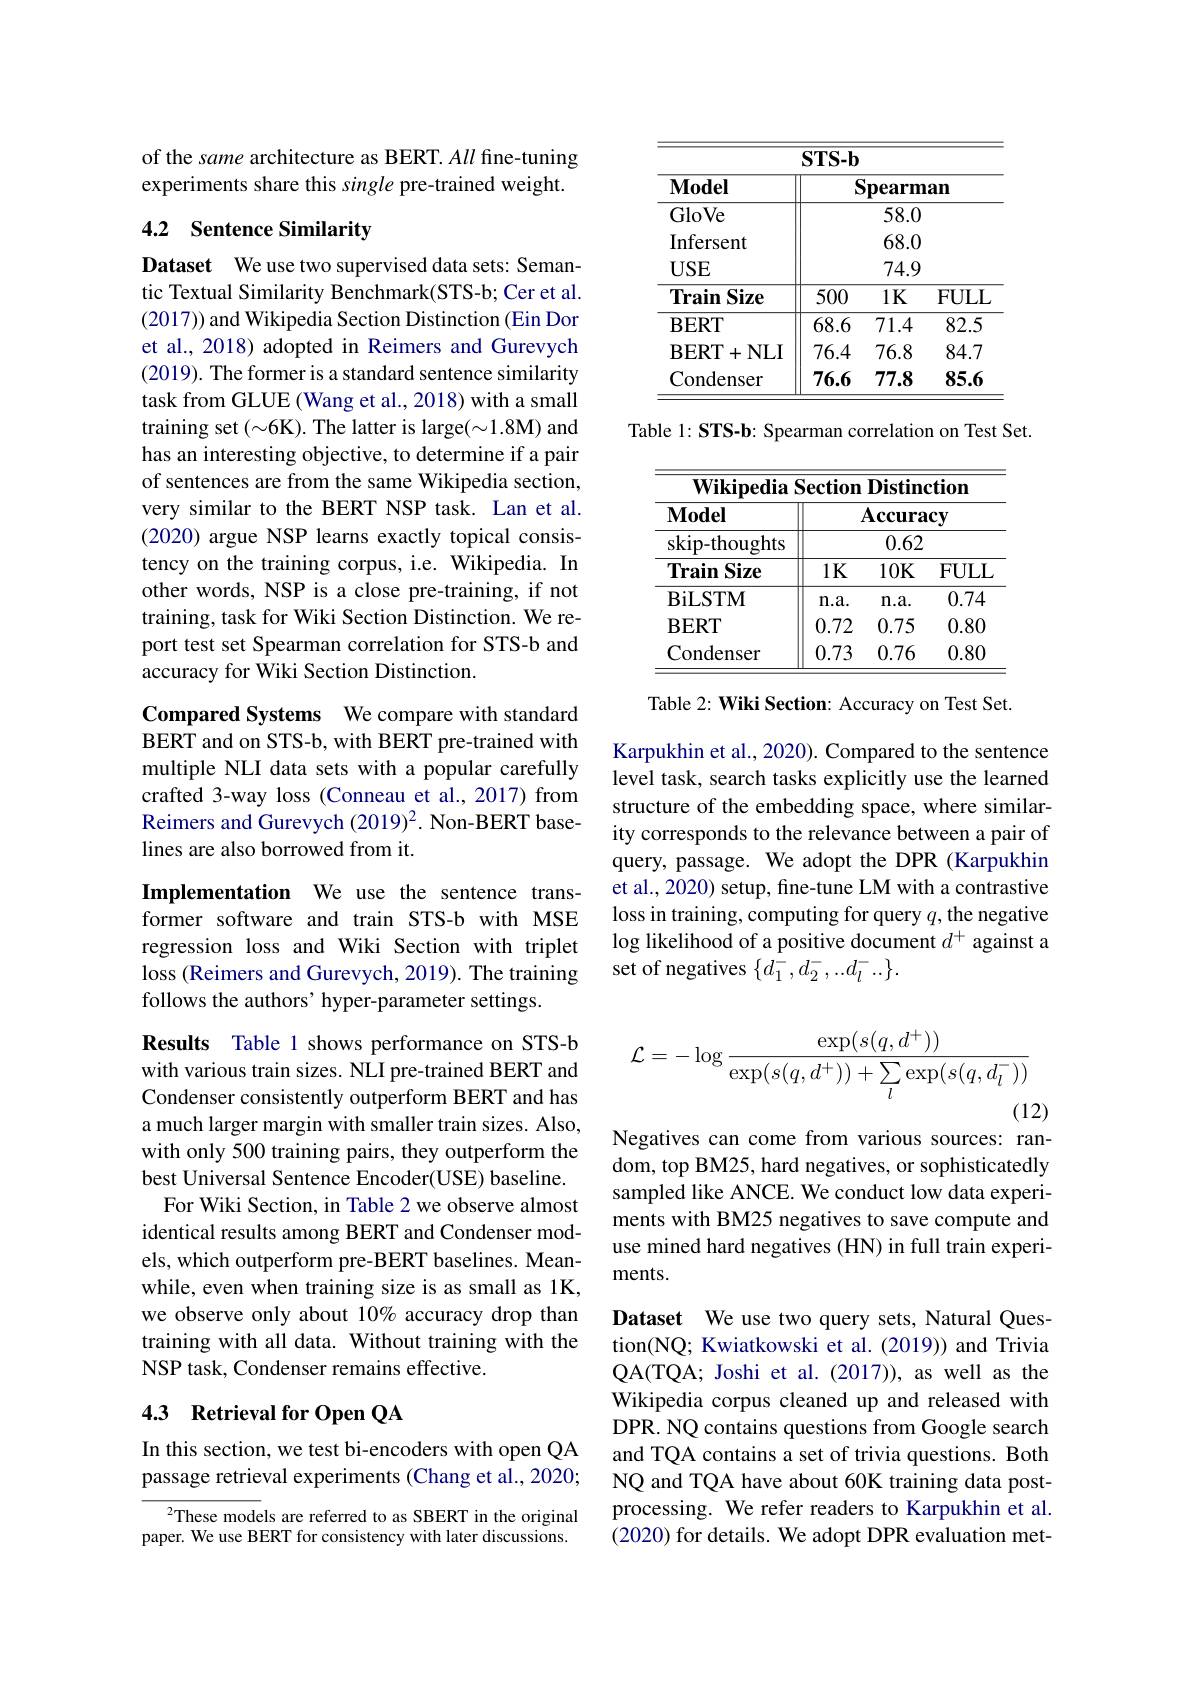
of the same architecture as BERT. All fine-tuning experiments share this single pre-trained weight.

## 4.2 Sentence Similarity

Dataset We use two supervised data sets: Semantic Textual Similarity Benchmark(STS-b; Cer et al. (2017)) and Wikipedia Section Distinction (Ein Dor et al., 2018) adopted in Reimers and Gurevych (2019). The former is a standard sentence similarity task from GLUE (Wang et al., 2018) with a small training set (~6K). The latter is large(~1.8M) and has an interesting objective, to determine if a pair of sentences are from the same Wikipedia section, very similar to the BERT NSP task. Lan et al. (2020) argue NSP learns exactly topical consistency on the training corpus, i.e. Wikipedia. In other words, NSP is a close pre-training, if not training, task for Wiki Section Distinction. We report test set Spearman correlation for STS-b and accuracy for Wiki Section Distinction.

Compared Systems We compare with standard BERT and on STS-b, with BERT pre-trained with multiple NLI data sets with a popular carefully crafted 3-way loss (Conneau et al., 2017) from Reimers and Gurevych (2019)$^{2}$. Non-BERT baselines are also borrowed from it.

Implementation We use the sentence transformer software and train STS-b with MSE regression loss and Wiki Section with triplet loss (Reimers and Gurevych, 2019). The training follows the authors' hyper-parameter settings.

Results Table 1 shows performance on STS-b with various train sizes. NLI pre-trained BERT and Condenser consistently outperform BERT and has a much larger margin with smaller train sizes. Also, with only 500 training pairs, they outperform the best Universal Sentence Encoder(USE) baseline.
For Wiki Section, in Table 2 we observe almost identical results among BERT and Condenser models, which outperform pre-BERT baselines. Meanwhile, even when training size is as small as 1K, we observe only about 10% accuracy drop than training with all data. Without training with the NSP task, Condenser remains effective.

## 4.3 Retrieval for Open QA

In this section, we test bi-encoders with open QA passage retrieval experiments (Chang et al., 2020;

$^2$These models are referred to as SBERT in the original paper. We use BERT for consistency with later discussions.

<table>
	<tbody>
		<tr>
			<th> </th>
			<th>$\mathbf{STS-b}$</th>
			<th>$j$</th>
			<th> </th>
		</tr>
		<tr>
			<th>$\mathbf{Model}$</th>
			<th>$S$</th>
			<th>Spearm</th>
			<th>$1an$</th>
		</tr>
		<tr>
			<td>GloVe</td>
			<td> </td>
			<td>58.0</td>
			<td> </td>
		</tr>
		<tr>
			<td>Infersent</td>
			<td> </td>
			<td>68.0</td>
			<td> </td>
		</tr>
		<tr>
			<td>$USE$</td>
			<td> </td>
			<td>74.9</td>
			<td> </td>
		</tr>
		<tr>
			<td>Train Size</td>
			<td>500</td>
			<td>$1K$</td>
			<td>$FULI$</td>
		</tr>
		<tr>
			<td>$\mathbf{BERT}$</td>
			<td>68.6</td>
			<td>71.4</td>
			<td>82.5</td>
		</tr>
		<tr>
			<td>$\mathbf{BERT}$ + $NLI$</td>
			<td>76.4</td>
			<td>76.8</td>
			<td>84.7</td>
		</tr>
		<tr>
			<td>Condenser</td>
			<td>76.6</td>
			<td>77.8</td>
			<td>85.6</td>
		</tr>
	</tbody>
</table>

Table 1: STS-b: Spearman correlation on Test Set.

<table>
	<tbody>
		<tr>
			<th>$\mathbf{Wikipedia}$ $\mathbf{Model}$</th>
			<th>$\grave{s}ection$</th>
			<th>$\mathbf{Distinc}$ $\mathbf{Accura}$</th>
			<th>ction $1\mathbf{c}\mathbf{v}$</th>
		</tr>
		<tr>
			<td>skip- thoughts</td>
			<td> </td>
			<td>0.62</td>
			<td> </td>
		</tr>
		<tr>
			<td>$\mathbf{Train}$ Size</td>
			<td>$1K$</td>
			<td>10K</td>
			<td>$FULI$</td>
		</tr>
		<tr>
			<td>BiLSTM</td>
			<td>$n.a.$</td>
			<td>$n.a.$</td>
			<td>0.74</td>
		</tr>
		<tr>
			<td>$\mathbf{BERT}$</td>
			<td>0.72</td>
			<td>0.75</td>
			<td>0.80</td>
		</tr>
		<tr>
			<td>Condenser</td>
			<td>0.73</td>
			<td>0.76</td>
			<td>0.80</td>
		</tr>
	</tbody>
</table>

Table 2: Wiki Section: Accuracy on Test Set.

Karpukhin et al., 2020). Compared to the sentence level task, search tasks explicitly use the learned structure of the embedding space, where similarity corresponds to the relevance between a pair of query, passage. We adopt the DPR (Karpukhin et al., 2020) setup, fine-tune LM with a contrastive loss in training, computing for query $q$, the negative $\log$ likelihood of a positive document $d^+$ against a set of negatives $\{d_1^-,d_2^-,..d_l^-..\}.$
$$\mathcal{L}=-\log\frac{\exp(s(q,d^+))}{\exp(s(q,d^+))+\sum_{l}\exp(s(q,d_{l}^-))}$$
(12)

Negatives can come from various sources: random, top BM25, hard negatives, or sophisticatedly sampled like ANCE. We conduct low data experiments with BM25 negatives to save compute and use mined hard negatives (HN) in full train experiments.

Dataset We use two query sets, Natural Question(NQ; Kwiatkowski et al. (2019)) and Trivia QA(TQA; Joshi et al. (2017)), as well as the Wikipedia corpus cleaned up and released with DPR. NQ contains questions from Google search and TQA contains a set of trivia questions. Both NQ and TQA have about 60K training data postprocessing. We refer readers to Karpukhin et al. (2020) for details. We adopt DPR evaluation met-